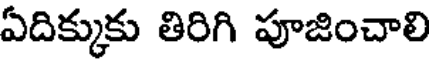
ఏదిక్కుకు తిరిగి పూజించాలి